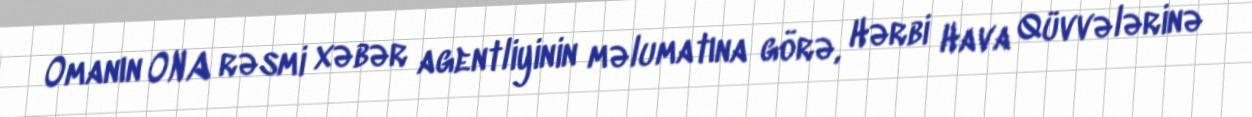
Omanın ONA rəsmi xəbər agentliyinin məlumatına görə, Hərbi Hava Qüvvələrinə